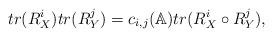
LaTeX: \begin{align*}{tr (R_X^i) tr (R_Y^j)}=c_{i,j}(\mathbb{A}){tr (R_X^i \circ R_Y^j)},\end{align*}